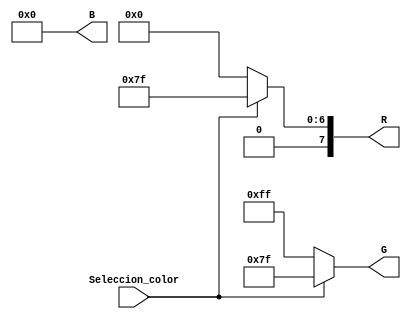
/** Crearemos en este fichero el diseo a realizar para la seleccin de color en pantalla. 
**/

module SELEC_COLOR #(
	parameter BG_R = 8'b00000000,
	parameter BG_G = 8'b11111111,
	parameter BG_B = 8'b00000000,
	parameter FG_R = 8'b01111111,
	parameter FG_G = 8'b01111111,
	parameter FG_B = 8'b00000000
)(Seleccion_color, R, G, B);
// Entradas -->
input Seleccion_color ;
// Salidas como registros -->
output [0:7] R, G, B ;

// Si la entrada est a nivel alto cambiamos el registro de nivel de color RGB
// Si est la entrada a nivel bajo, entonces se establece de color predeterminado
assign R = Seleccion_color ? FG_R : BG_R;
assign G = Seleccion_color ? FG_G : BG_G;
assign B = Seleccion_color ? FG_B : BG_B;

endmodule